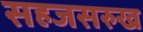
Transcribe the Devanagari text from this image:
सहजसरुख